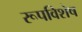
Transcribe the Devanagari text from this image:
रूपविशेष